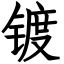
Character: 镀